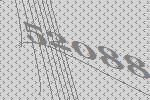
52088